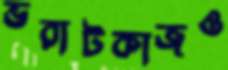
ভরাটকাজও